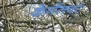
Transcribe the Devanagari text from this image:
केर्नेलवर